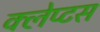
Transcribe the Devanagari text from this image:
क्लेप्टस